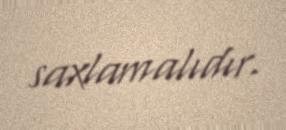
saxlamalıdır.